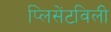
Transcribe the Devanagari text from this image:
प्लिसेंटविली